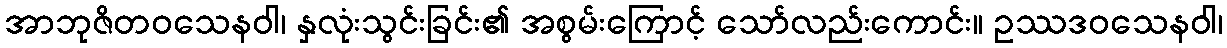
အာဘုဇိတဝသေနဝါ၊ နှလုံးသွင်းခြင်း၏ အစွမ်းကြောင့် သော်လည်းကောင်း။ ဥဿဒဝသေနဝါ၊